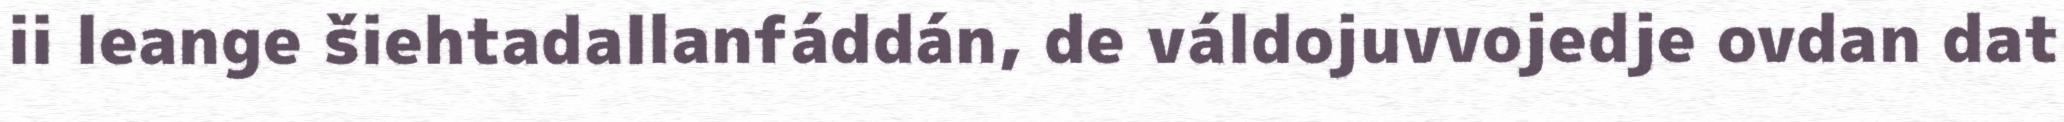
ii leange šiehtadallanfáddán, de váldojuvvojedje ovdan dat